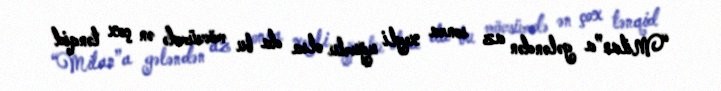
“Milan”a gələndən az sonra xeyli uğurlu olsa da bu mövsümdə ən çox tənqid